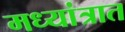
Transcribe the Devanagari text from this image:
मध्यांत्रात